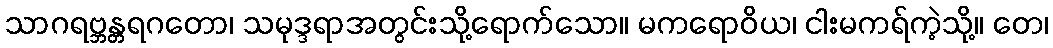
သာဂရဗ္ဘန္တရဂတော၊ သမုဒ္ဒရာအတွင်းသို့ရောက်သော။ မကရောဝိယ၊ ငါးမကရ်ကဲ့သို့။ တေ၊